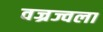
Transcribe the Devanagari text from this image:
वज्रज्वला